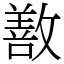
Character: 敾